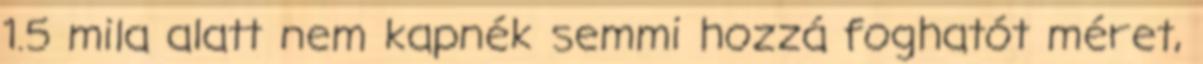
1.5 mila alatt nem kapnék semmi hozzá foghatót méret,